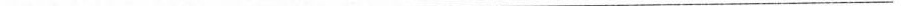
___